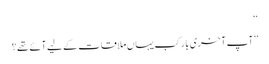
‘‘
’’آپ آخری بار کب یہاں ملاقات کے لیے آئے تھے؟